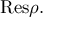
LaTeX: { \mathrm { R e s } } \rho .